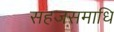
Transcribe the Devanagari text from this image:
सहजसमाधि